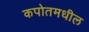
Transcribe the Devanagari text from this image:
कपोतमधील